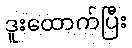
ဒူးထောက်ပြီး